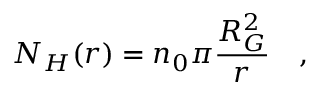
N _ { H } ( r ) = n _ { 0 } \pi \frac { R _ { G } ^ { 2 } } { r } \quad ,